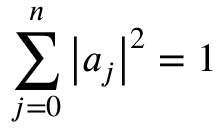
\sum _ { j = 0 } ^ { n } \left| a _ { j } \right| ^ { 2 } = 1